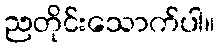
ညတိုင်းသောက်ပါ။